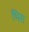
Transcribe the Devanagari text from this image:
भिरा